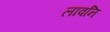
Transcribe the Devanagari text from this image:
लावनि